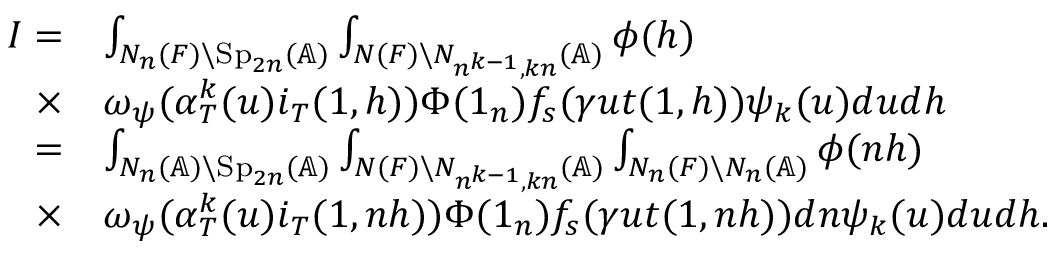
\begin{array} { r l } { I = } & { \int _ { N _ { n } ( F ) \backslash \mathrm { S p } _ { 2 n } ( \mathbb { A } ) } \int _ { N ( F ) \backslash N _ { n ^ { k - 1 } , k n } ( \mathbb { A } ) } \phi ( h ) } \\ { \times } & { \omega _ { \psi } ( \alpha _ { T } ^ { k } ( u ) i _ { T } ( 1 , h ) ) \Phi ( 1 _ { n } ) f _ { s } ( \gamma u t ( 1 , h ) ) \psi _ { k } ( u ) d u d h } \\ { = } & { \int _ { N _ { n } ( \mathbb { A } ) \backslash \mathrm { S p } _ { 2 n } ( \mathbb { A } ) } \int _ { N ( F ) \backslash N _ { n ^ { k - 1 } , k n } ( \mathbb { A } ) } \int _ { N _ { n } ( F ) \backslash N _ { n } ( \mathbb { A } ) } \phi ( n h ) } \\ { \times } & { \omega _ { \psi } ( \alpha _ { T } ^ { k } ( u ) i _ { T } ( 1 , n h ) ) \Phi ( 1 _ { n } ) f _ { s } ( \gamma u t ( 1 , n h ) ) d n \psi _ { k } ( u ) d u d h . } \end{array}